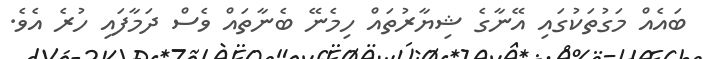
ބައެއް މަގުތަކުގައި އޭނާގެ ޝިޔާރުތައް ހިމެނޭ ބެނާތައް ވެސް ދަމާފައި ހުރެ އެވެ.